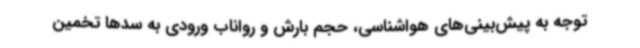
توجه به پیش‌بینی‌های هواشناسی، حجم بارش و رواناب ورودی به سدها تخمین